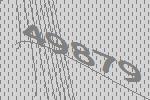
49879